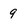
Character: 9